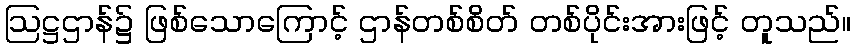
ဩဋ္ဌဌာန်၌ ဖြစ်သောကြောင့် ဌာန်တစ်စိတ် တစ်ပိုင်းအားဖြင့် တူသည်။